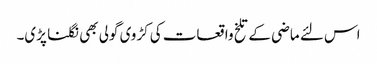
اس لئے ماضی کے تلخ واقعات کی کڑوی گولی بھی نگلنا پڑی۔